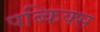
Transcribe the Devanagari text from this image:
पब्किक्स